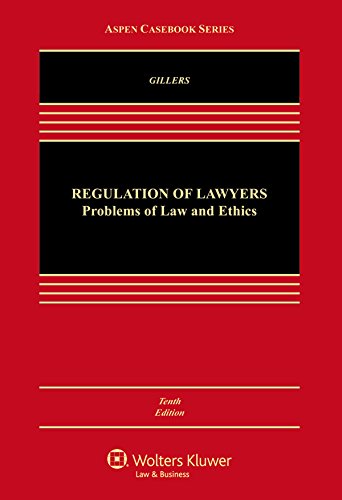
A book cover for Regulation of Lawyers: Problems of Law and Ethics (Aspen Casebook); Stephen Gillers; Law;